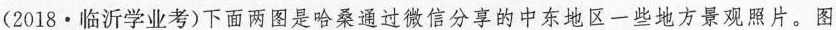
(2018.临沂学业考)下面两图是哈桑通过微信分享的中东地区一些地方观照片。图